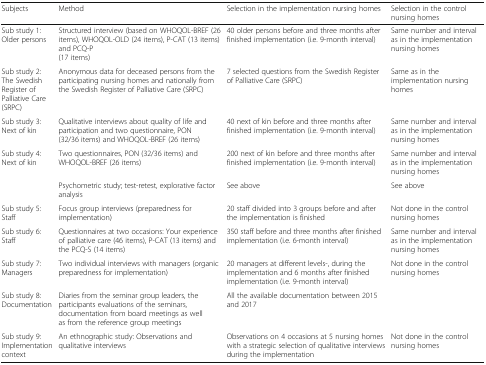
<table><thead><tr><td><b>Subjects</b></td><td><b>Method</b></td><td><b>Selection in the implementation nursing homes</b></td><td><b>Selection in the control nursing homes</b></td></tr></thead><tbody><tr><td>Sub study 1: Older persons</td><td>Structured interview (based on WHOQOL-BREF (26 items), WHOQOL-OLD (24 items), P-CAT (13 items) and PCQ-P (17 items)</td><td>40 older persons before and three months after finished implementation (i.e. 9-month interval)</td><td>Same number and interval as in the implementation nursing homes</td></tr><tr><td>Sub study 2: The Swedish Register of Palliative Care (SRPC)</td><td>Anonymous data for deceased persons from the participating nursing homes and nationally from the Swedish Register of Palliative Care (SRPC)</td><td>7 selected questions from the Swedish Register of Palliative Care (SRPC)</td><td>Same as in the implementation nursing homes</td></tr><tr><td>Sub study 3: Next of kin</td><td>Qualitative interviews about quality of life and participation and two questionnaire, PON (32/36 items) and WHOQOL-BREF (26 items)</td><td>40 next of kin before and three months after finished implementation (i.e. 9-month interval)</td><td>Same number and interval as in the implementation nursing homes</td></tr><tr><td>Sub study 4: Next of kin</td><td>Two questionnaires, PON (32/36 items) and WHOQOL-BREF (26 items)</td><td>200 next of kin before and three months after finished implementation (i.e. 9-month interval)</td><td>Same number and interval as in the implementation nursing homes</td></tr><tr><td></td><td>Psychometric study; test-retest, explorative factor analysis</td><td>See above</td><td>See above</td></tr><tr><td>Sub study 5: Staff</td><td>Focus group interviews (preparedness for implementation)</td><td>20 staff divided into 3 groups before and after the implementation is finished</td><td>Not done in the control nursing homes</td></tr><tr><td>Sub study 6: Staff</td><td>Questionnaires at two occasions: Your experience of palliative care (46 items), P-CAT (13 items) and the PCQ-S (14 items)</td><td>350 staff before and three months after finished implementation (i.e. 6-month interval)</td><td>Same number and interval as in the implementation nursing homes</td></tr><tr><td>Sub study 7: Managers</td><td>Two individual interviews with managers (organic preparedness for implementation)</td><td>20 managers at different levels-, during the implementation and 6 months after finished implementation (i.e. 9-month interval)</td><td>Not done in the control nursing homes</td></tr><tr><td>Sub study 8: Documentation</td><td>Diaries from the seminar group leaders, the participants evaluations of the seminars, documentation from board meetings as well as from the reference group meetings</td><td>All the available documentation between 2015 and 2017</td><td></td></tr><tr><td>Sub study 9: Implementation context</td><td>An ethnographic study: Observations and qualitative interviews</td><td>Observations on 4 occasions at 5 nursing homes with a strategic selection of qualitative interviews during the implementation</td><td>Not done in the control nursing homes</td></tr></tbody></table>